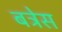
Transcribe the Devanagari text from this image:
बत्रेस